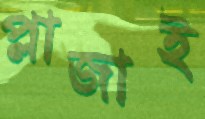
প্লাজাই